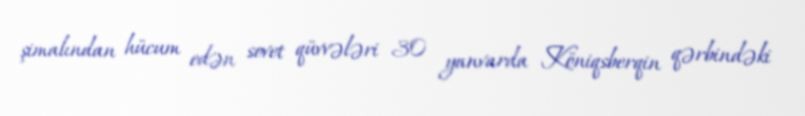
şimalından hücum edən sovet qüvvələri 30 yanvarda Köniqsberqin qərbindəki